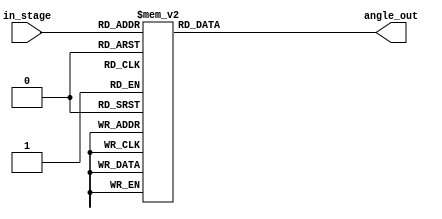
module cordic_rom (in_stage, angle_out);

input	[3:0]	in_stage;
output	[12:0]	angle_out;	//6bits exp, 7bits mantissa
reg		[12:0]	angle_out;

always @ *
begin
	case (in_stage)
		//						exp		mantissa
		0: begin angle_out = 13'b101101_0000000;	end
		1: begin angle_out = 13'b011010_1001000;	end
		2: begin angle_out = 13'b001110_0000100;	end
		3: begin angle_out = 13'b000111_0010000;	end
		4: begin angle_out = 13'b000011_1001001;	end
		5: begin angle_out = 13'b000001_1100101; 	end
		6: begin angle_out = 13'b000000_1110010;	end
		7: begin angle_out = 13'b000000_0111001;	end
		8: begin angle_out = 13'b000000_0011100;	end
		9: begin angle_out = 13'b000000_0001110;	end
		default: begin angle_out = 13'b111111_1111111;	end
	endcase
end

endmodule